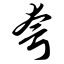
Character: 夸